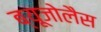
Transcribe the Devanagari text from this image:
ब्यूजोलैस